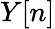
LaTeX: Y[n]